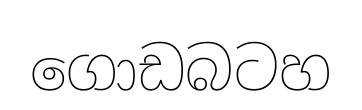
ගොඩබටහ